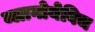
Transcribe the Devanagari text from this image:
ब्लागोयेविच